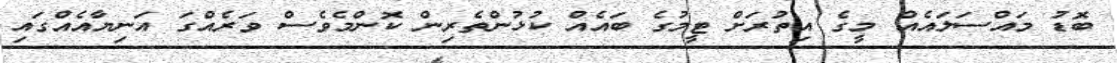
ބޮޑު މައްސަލައެއް މީގެ އިތުރަށް ޓީމުގެ ބައެއް ކުޅުންތެރިން ކޮންމެވެސް ވަރެއްގަ އަނިޔާއެއްގައި